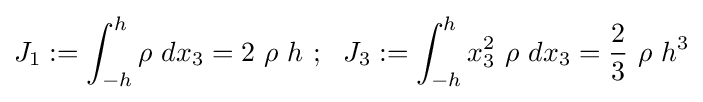
J_{1}:=\int _{-h}^{h}\rho ~dx_{3}=2~\rho ~h~;~~J_{3}:=\int _{-h}^{h}x_{3}^{2}~\rho ~dx_{3}={\frac {2}{3}}~\rho ~h^{3}